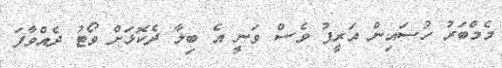
މެމްބަރު ހުސައިން އަރީފު ވެސް ވަނީ އެ ބިލާ ދެކޮޅަށް ވޯޓު ދެއްވާފަ